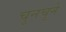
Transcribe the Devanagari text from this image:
चुनचुने